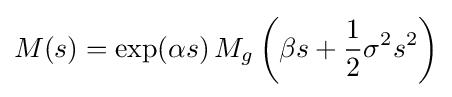
M(s)=\exp(\alpha s)\,M_{g}\left(\beta s+{\frac {1}{2}}\sigma ^{2}s^{2}\right)